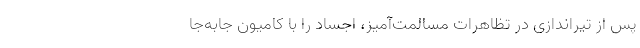
پس از تیراندازی در تظاهرات مسالمت‌آمیز، اجساد را با کامیون جابه‌جا